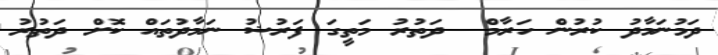
ދަމުނަމާދު ކުރުން ހަރާމް  ދަތުރު މަތީގަ ފަރުޟު ނަމާދުތައް ކޮށް ދަތުރު